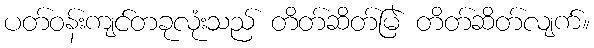
ပတ်ဝန်းကျင်တခုလုံးသည် တိတ်ဆိတ်မြဲ တိတ်ဆိတ်လျက်။